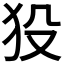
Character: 𤝈